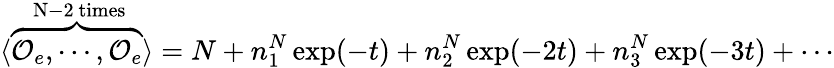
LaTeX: \langle\overbrace{{\cal O}_{e},\cdots,{\cal O}_{e}}^{\mathrm{~N-2~times}}\rangle=N+n_{1}^{N}\exp(-t)+n_{2}^{N}\exp(-2t)+n_{3}^{N}\exp(-3t)+\cdots